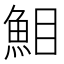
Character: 𩶖